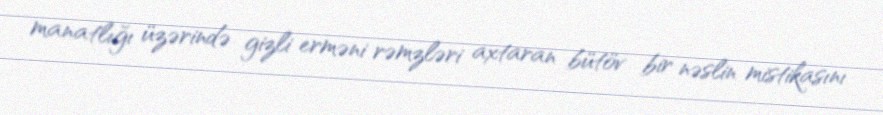
manatlığı üzərində gizli erməni rəmzləri axtaran bütöv bir nəslin mistikasını